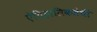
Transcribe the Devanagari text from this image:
ऐतिहासिकतेची